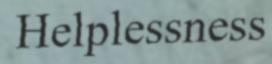
Helplessness